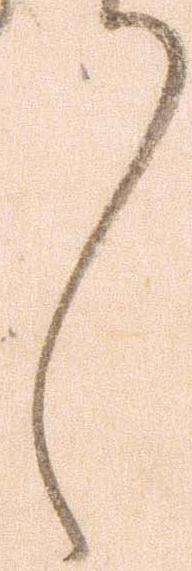
々